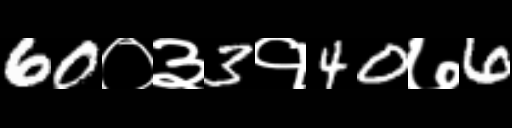
Text: 60०३3१40७6